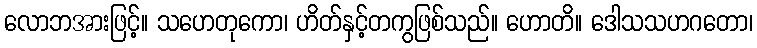
လောဘအားဖြင့်။ သဟေတုကော၊ ဟိတ်နှင့်တကွဖြစ်သည်။ ဟောတိ။ ဒေါသသဟဂတော၊